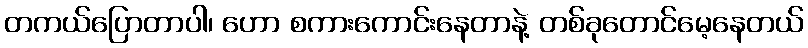
တကယ်ပြောတာပါ၊ ဟော စကားကောင်းနေတာနဲ့ တစ်ခုတောင်မေ့နေတယ်